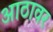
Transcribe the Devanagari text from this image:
आठावर